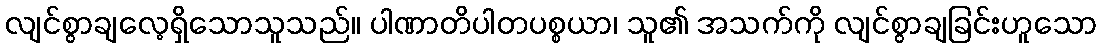
လျင်စွာချလေ့ရှိသောသူသည်။ ပါဏာတိပါတပစ္စယာ၊ သူ၏ အသက်ကို လျင်စွာချခြင်းဟူသော